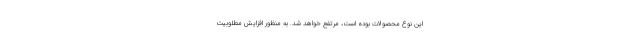
این نوع محصولات بوده است، مرتفع خواهد شد. به منظور افزایش مطلوبیت